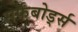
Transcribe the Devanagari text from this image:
सर्फबोर्ड्स